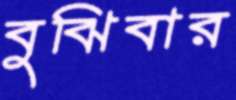
বুঝিবার